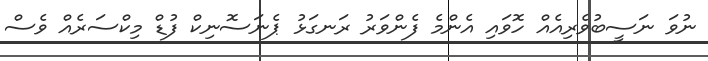
ނުވަ ނަސީބުވެރިއެއް ހޮވައި އެންމެ ފެންވަރު ރަނގަޅު ޕެނަސޮނިކް ފުޑް މިކްސަރެއް ވެސް